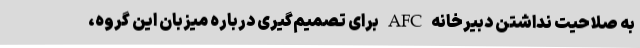
به صلاحیت نداشتن دبیرخانه AFC برای تصمیم‌گیری درباره میزبان این گروه،